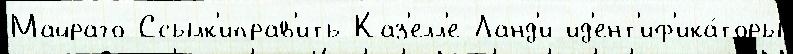
Майраго Ссылк'иправ'ить Каз'елл'е-Ланд'и ид'ент'иф'ика́торы